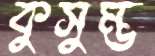
কুসুম্ভ